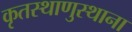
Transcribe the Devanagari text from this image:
कृतस्थाणुस्थाना